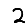
Digit: 2